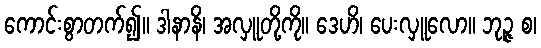
ကောင်းစွာတက်၍။ ဒါနာနိ၊ အလှူတို့ကို။ ဒေဟိ၊ ပေးလှူလော။ ဘုဉ္ဇ စ၊